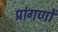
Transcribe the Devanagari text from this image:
प्रांगणों